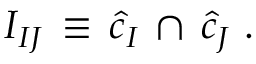
{ \cal I } _ { I J } \, \equiv \, { \hat { c } } _ { I } \, \cap \, { \hat { c } } _ { J } \ .